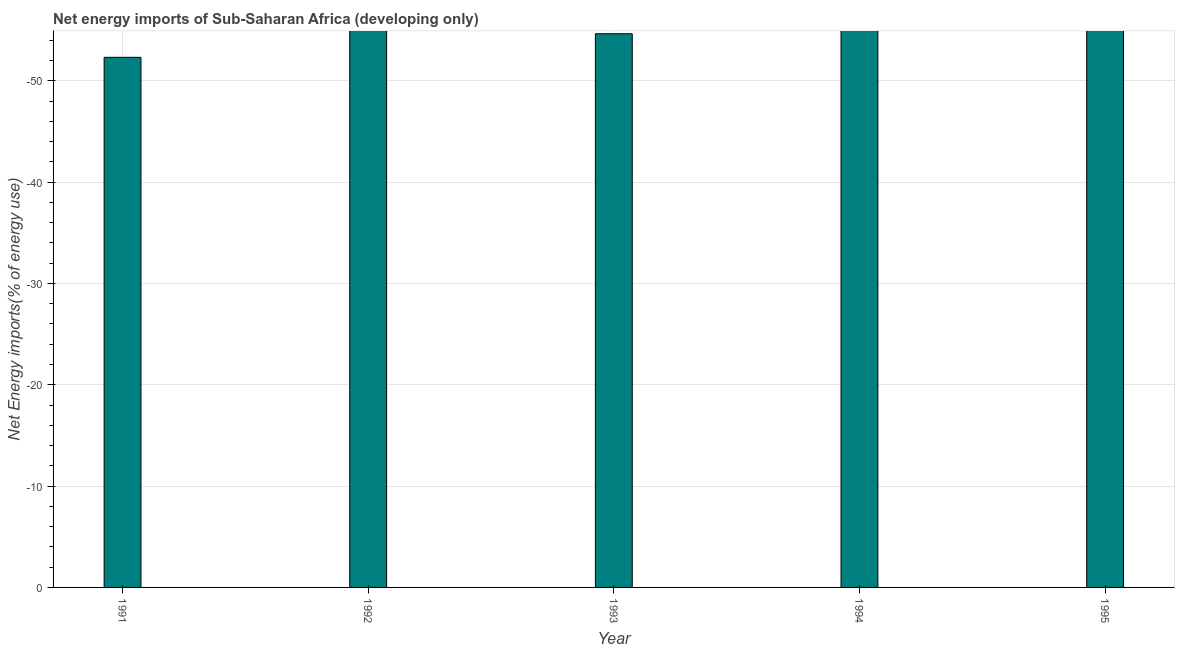
| Year | Energy imports |
 | --- | --- |
 | 1991 | -52.3 |
 | 1992 | -55.7 |
 | 1993 | -54.6 |
 | 1994 | -56.5 |
 | 1995 | -56.1 |